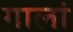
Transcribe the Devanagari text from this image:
गालां